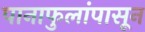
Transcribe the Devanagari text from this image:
पानाफुलांपासून